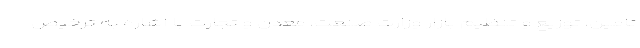
تامین، توزیع و تنظیم بازار وزارت صنعت، معدن و تجارت با اشاره به ترخیص